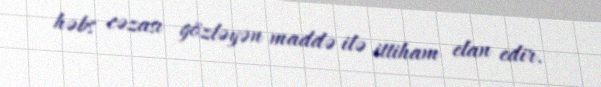
həbs cəzası gözləyən maddə ilə ittiham elan edir.